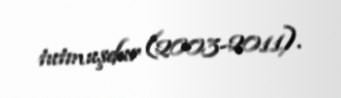
tutmuşdur (2003-2011).